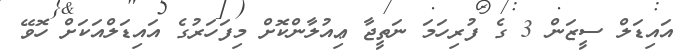
އައިޑަލް ސީޒަން 3 ގެ ފުރިހަމަ ނަތީޖާ ޢިއުލާންކޮށް މިފަހަރުގެ އައިޑަލްއަކަށް ހޮވޭ